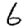
Digit: 6